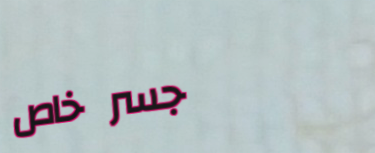
جسر خاص